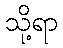
သို့ရာ